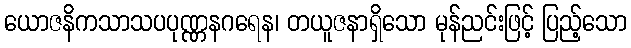
ယောဇနိကသာသပပုဏ္ဏနဂရေန၊ တယူဇနာရှိသော မုန်ညင်းဖြင့် ပြည့်သော